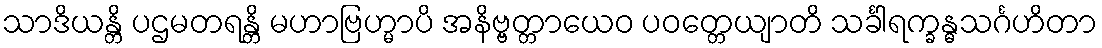
သာဒိယန္တိ ပဌမတရန္တိ မဟာဗြဟ္မာပိ အနိဗ္ဗတ္တာယေဝ ပဝတ္တေယျာတိ သင်္ခါရက္ခန္ဓသင်္ဂဟိတာ